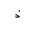
Letter: _thal